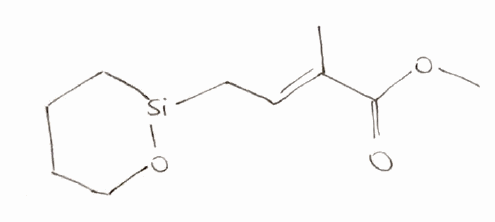
Simplified molecular-input line-entry system (SMILES) notation of the given molecule:
C/C(=C\C[Si]1CCCCO1)/C(=O)OC